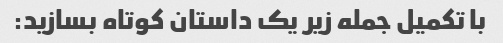
با تکمیل جمله زیر یک داستان کوتاه بسازید: